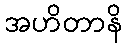
အဟိတာနိ